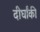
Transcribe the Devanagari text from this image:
दीर्घांकी